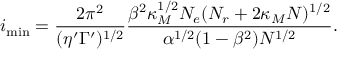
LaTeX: i _ { \mathrm { m i n } } = \frac { 2 \pi ^ { 2 } } { ( \eta ^ { \prime } \Gamma ^ { \prime } ) ^ { 1 / 2 } } \frac { \beta ^ { 2 } \kappa _ { M } ^ { 1 / 2 } N _ { e } ( N _ { r } + 2 \kappa _ { M } N ) ^ { 1 / 2 } } { \alpha ^ { 1 / 2 } ( 1 - \beta ^ { 2 } ) N ^ { 1 / 2 } } .